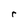
Character: r